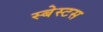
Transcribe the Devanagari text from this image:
स्बेस्टस